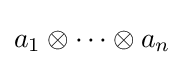
a_{1}\otimes \cdots \otimes a_{n}